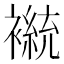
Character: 𫌒